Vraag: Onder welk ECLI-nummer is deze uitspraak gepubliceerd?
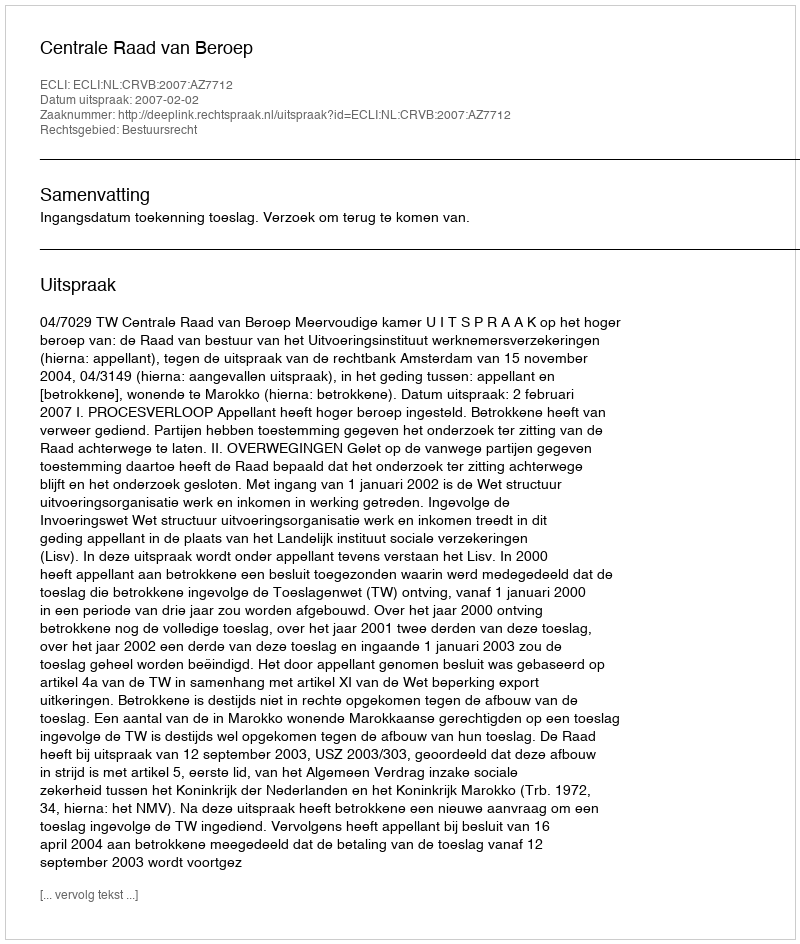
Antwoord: ECLI:NL:CRVB:2007:AZ7712